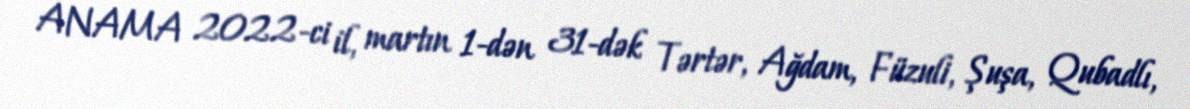
ANAMA 2022-ci il, martın 1-dən 31-dək Tərtər, Ağdam, Füzuli, Şuşa, Qubadlı,